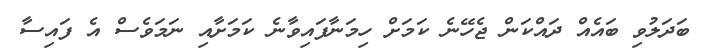
ބަދަލުވި ބައެއް ދައްކަން ޖެހޭނެ ކަމަށް ހިމަނާފައިވާނެ ކަމަށާއި ނަމަވެސް އެ ފައިސާ